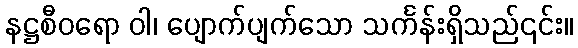
နဋ္ဌစီဝရော ဝါ၊ ပျောက်ပျက်သော သင်္ကန်းရှိသည်၎င်း။